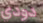
دودي